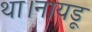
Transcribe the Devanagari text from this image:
था।नायडू